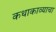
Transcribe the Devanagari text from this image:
कथाकाव्याचा